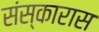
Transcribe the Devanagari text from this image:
संस्कारास